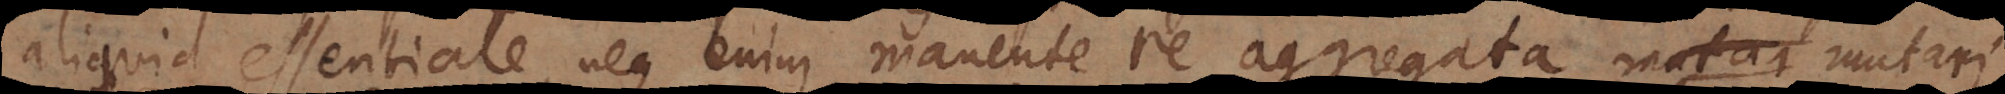
aliquid essentiale, neque enim manente re aggregata mutari